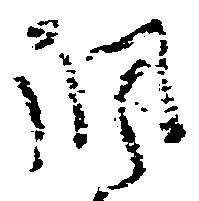
調